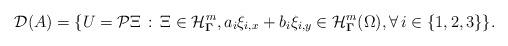
LaTeX: \begin{align*}\mathcal{D}(A)=\{ U=\mathcal{P}\Xi\,:\,\Xi\in\mathcal{H}_{\boldsymbol\Gamma}^m,a_i\xi_{i,x} + b_i\xi_{i,y}\in\mathcal{H}_{\boldsymbol\Gamma}^m(\Omega),\forall\, i\in\{1,2,3\}\}.\end{align*}